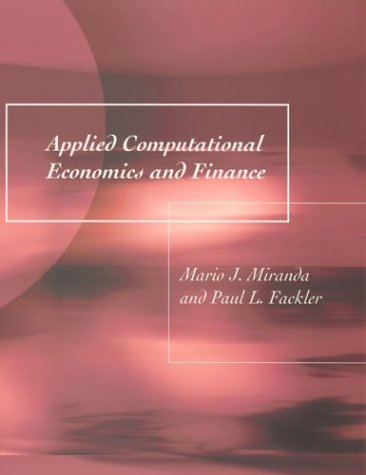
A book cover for Applied Computational Economics and Finance; Mario J. Miranda; Business & Money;